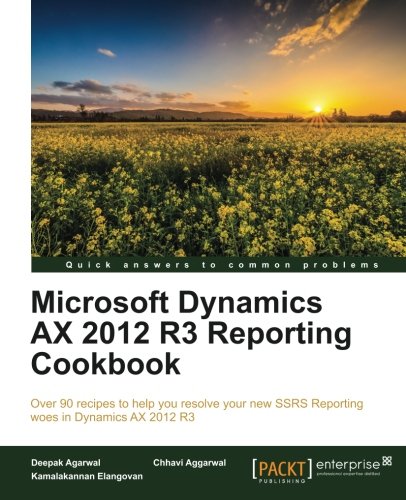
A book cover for Microsoft Dynamics AX 2012 R3 Reporting Cookbook; Deepak Agarwal; Computers & Technology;